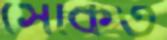
সেকিত